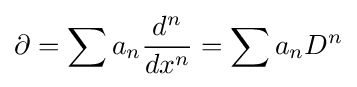
\partial =\sum a_{n}{{d^{n}} \over {dx^{n}}}=\sum a_{n}D^{n}